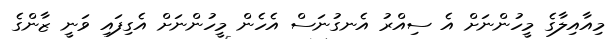
މިއާއިލާގެ މީހުންނަށް އެ ސިއްރު އެނގުނަސް އެހެން މީހުންނަށް އެގިފައި ވަނީ ޒާންގެ